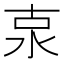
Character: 𣳂